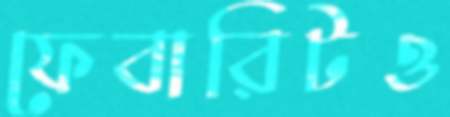
ফেবারিটও